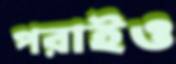
পরাইও